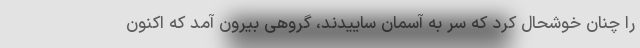
را چنان خوشحال کرد که سر به آسمان ساییدند، گروهی بیرون آمد که اکنون